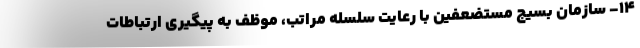
۱۴- سازمان بسیج مستضعفین با رعایت سلسله مراتب، موظف به پیگیری ارتباطات